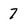
Character: 7